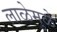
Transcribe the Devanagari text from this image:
लाळेमुळे